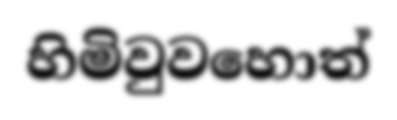
හිමිවුවහොත්